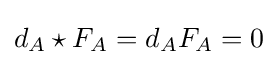
d_{A}\star F_{A}=d_{A}F_{A}=0